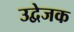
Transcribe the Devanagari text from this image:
उद्वेजक